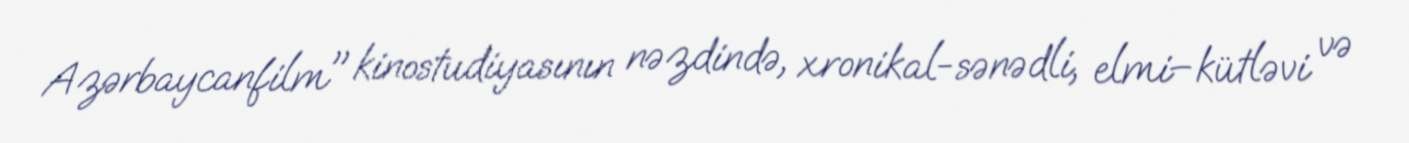
Azərbaycanfilm" kinostudiyasının nəzdində, xronikal-sənədli, elmi–kütləvi və